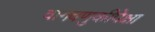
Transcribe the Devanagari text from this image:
वागवणुकीपेक्षा